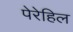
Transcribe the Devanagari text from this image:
पेरेहिल